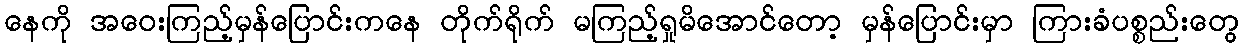
နေကို အဝေးကြည့်မှန်ပြောင်းကနေ တိုက်ရိုက် မကြည့်ရှုမိအောင်တော့ မှန်ပြောင်းမှာ ကြားခံပစ္စည်းတွေ